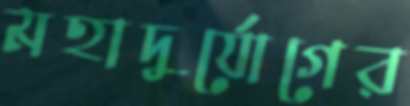
মহাদুর্যোগের